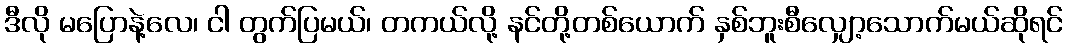
ဒီလို မပြောနဲ့လေ၊ ငါ တွက်ပြမယ်၊ တကယ်လို့ နင်တို့တစ်ယောက် နှစ်ဘူးစီလျှော့သောက်မယ်ဆိုရင်